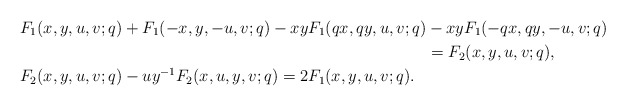
\begin{align*}&F_1(x,y,u,v;q)+F_1(-x,y,-u,v;q)-xy F_1(qx,qy,u,v;q)-xy F_1(-qx,qy,-u,v;q)\\&\qquad\qquad\qquad\qquad\qquad\qquad\qquad\qquad\qquad\qquad\qquad\qquad\quad=F_2(x,y,u,v;q),\\&F_2(x,y,u,v;q)-uy^{-1} F_2(x,u,y,v;q)=2F_1(x,y,u,v;q).\end{align*}